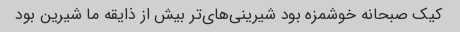
کیک صبحانه خوشمزه بود شیرینی‌های‌تر بیش از ذایقه ما شیرین بود